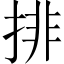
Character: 排